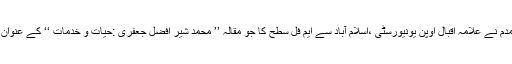
نامور ادیب پر و فیسرمحمد شفیع ہمدم نے علامہ اقبال اوپن یونیورسٹی ،اسلام آباد سے ایم فل سطح کا جو مقالہ ’’ محمد شیر افضل جعفری :حیات و خدمات ‘‘ کے عنوان سے لکھا وہ خاصے کی چیز ہے۔